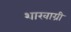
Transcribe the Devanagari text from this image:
शाखाग्री